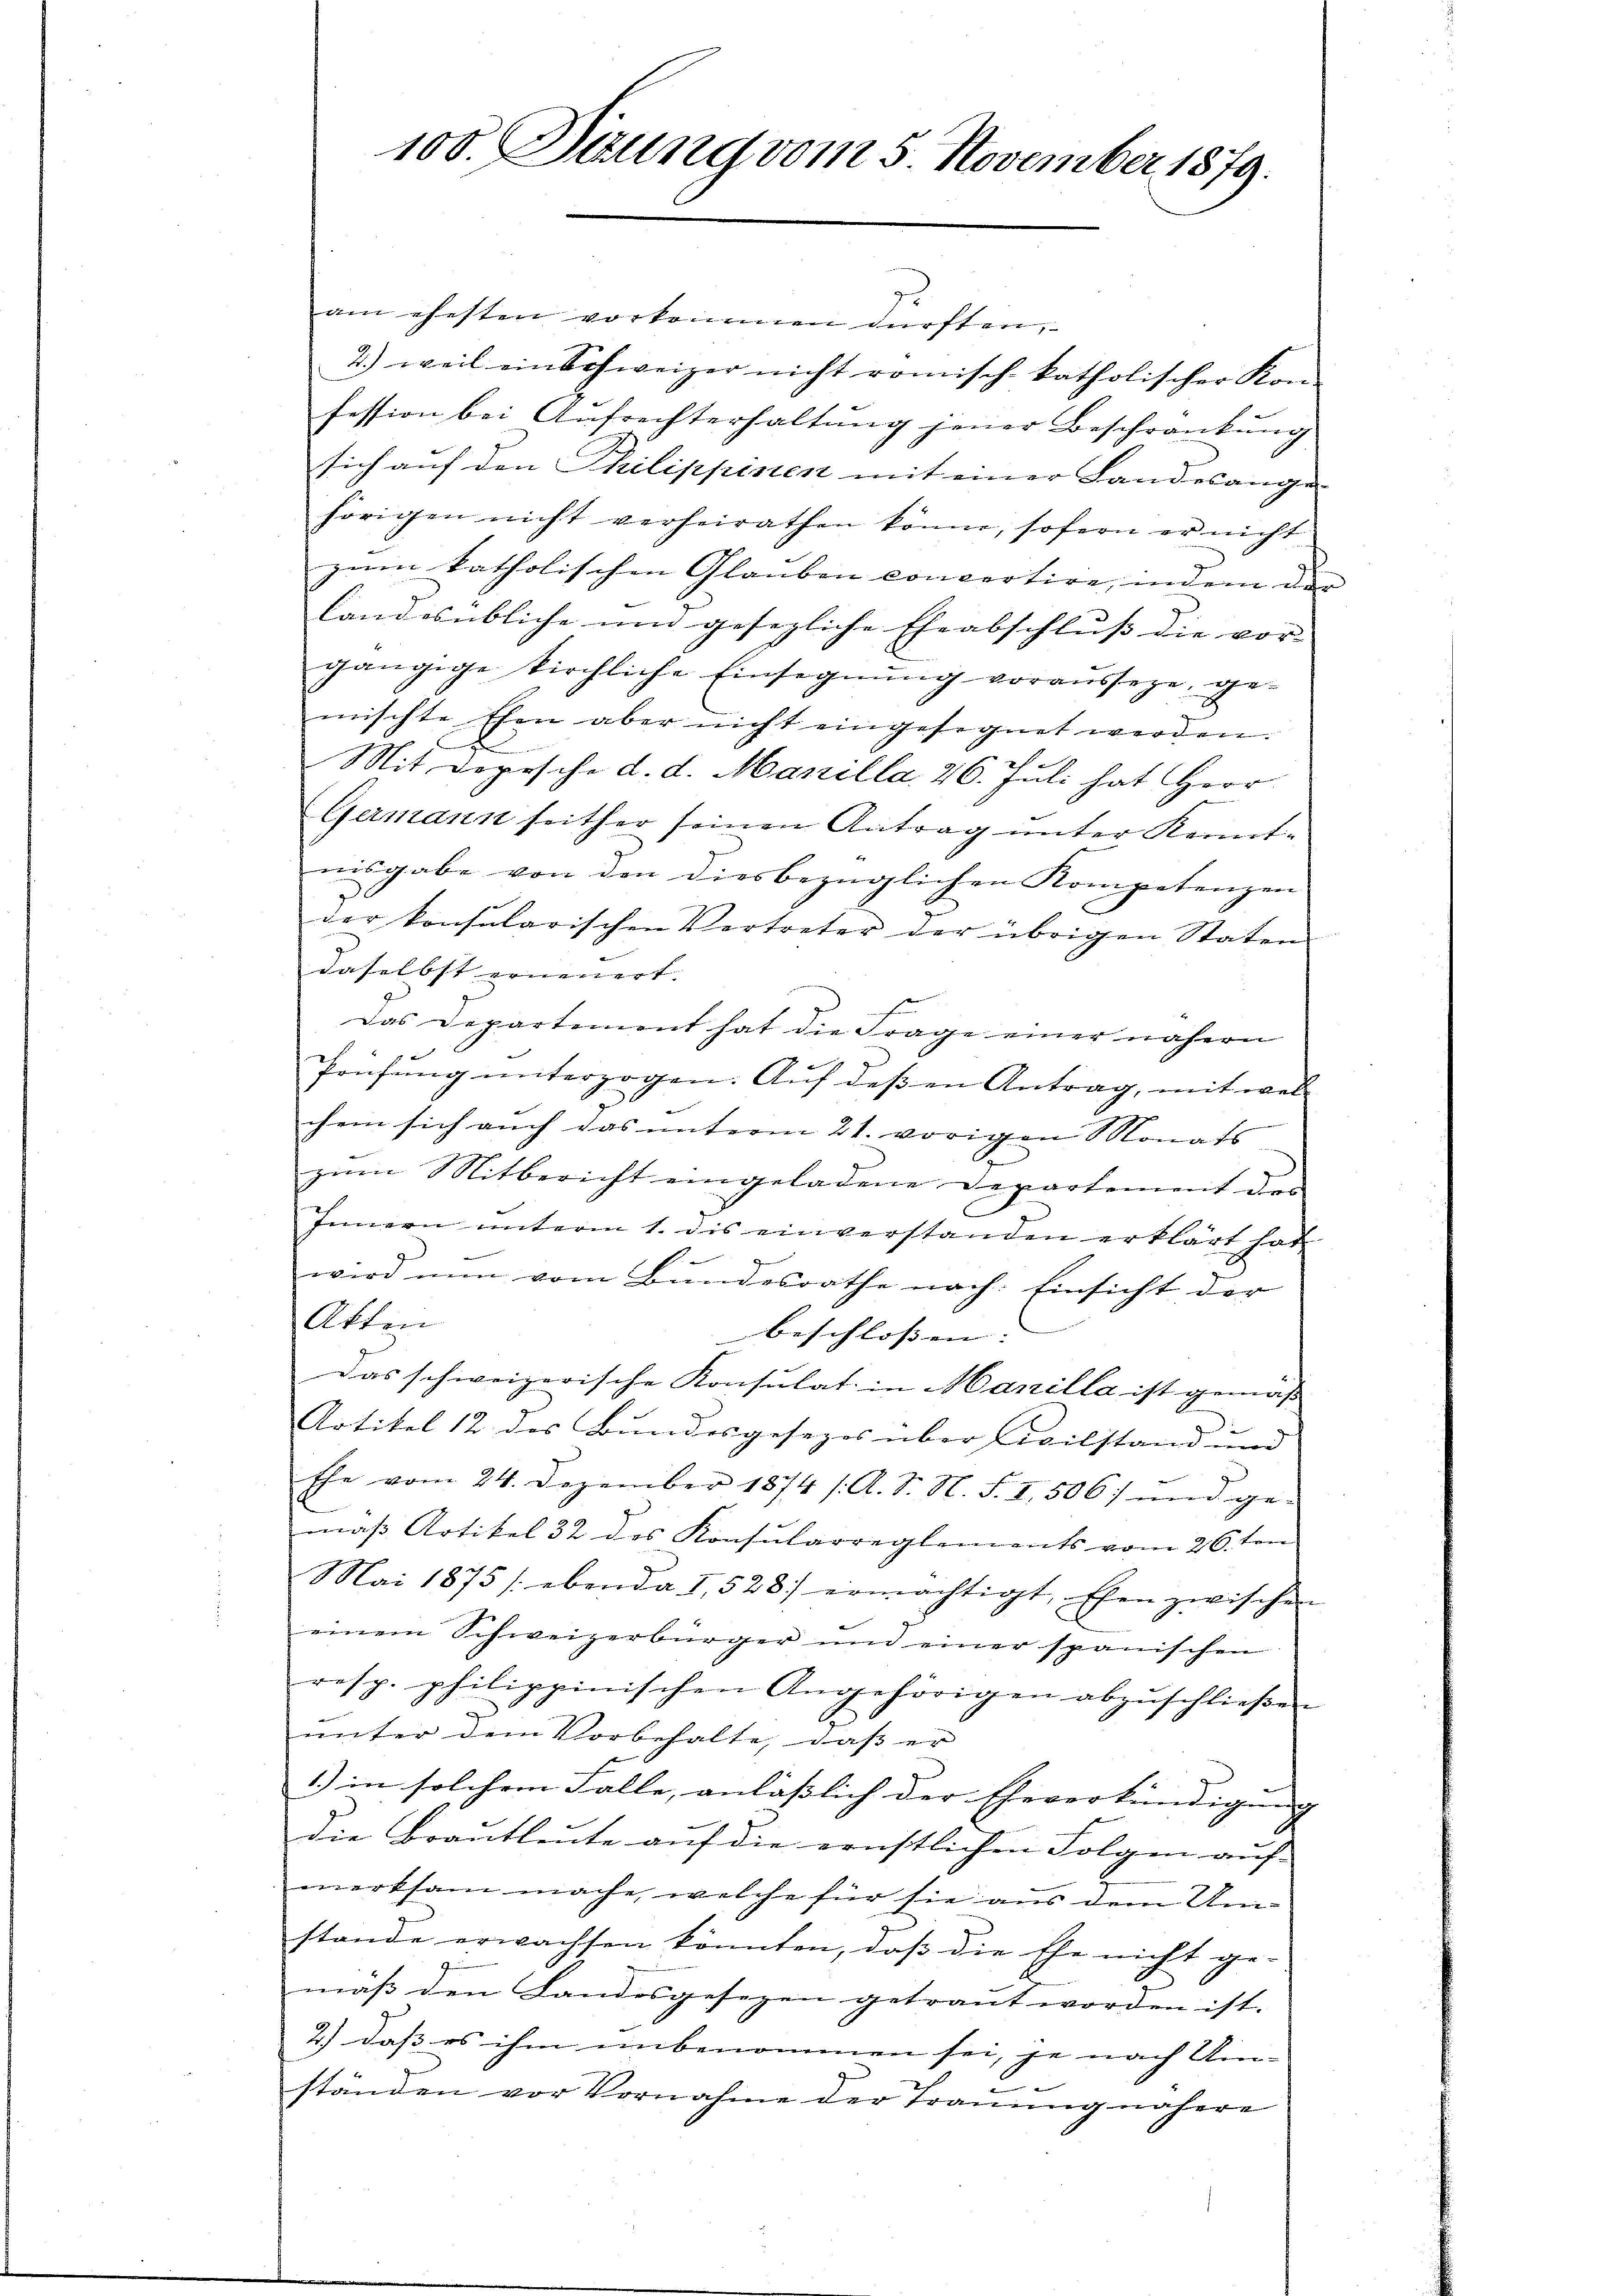
100. Dezung vom 5. November 1879.

7
am ehesten vorkommen dürften,
7.) weil ein Schweizer nicht römisch-katholischer Kon-
fession bei Aufrechterhaltung jener Beschränkung
sich auf den Philippinen mit einer Landesange-
hörigen nicht verheirathen könne, sofern er nicht
zum katholischen Glauben concertire, indem
landesübliche und gesezliche Eheabschluss die vor- |
gängige kirchliche Einsegnŭng vorausseze, ge-
mischte Ehen aber nicht eingesegnet werden.
Mit Depesche d. d. Manilla, 26. Juli hat Herr
Germann seither seinen Antrag ŭnter Kennt-
nisgabe von den diesbezüglichen Kompetenzen
der konsularischen Vertreter der übrigen Staten
daselbst erneuert.
Das Departement hat die Frage einer nähern
Prüfung unterzogen. Auf dessen Antrag, mit wel-
chem sich auch das unterm 21. vorigen Monats
zum Mitbericht eingeladene Departement der
Innern unterm 1. dis einverstanden erklärt hat
wird nun vom Bundesrathe nach Einsicht der
Akten
beschlossen: |
Das schweizerische Konsulat in Marilla ist gemäß
Artikel 12 des Bundesgesezes über Civilstand und
Ehe vom 24. Dezember 1874 /A. S. N. S. I, 506. und ge-
maß Artikel 32 des Konsularreglements vom 26. ten
Mai 1875 /: ebenda I, 528. ermächtigt, Ehen zwischen
einem Schweizerbürger und einer spanischen
resp. philippinischen Angehörigen abzŭschließen
ŭnter dem Vorbehalte, daβ er
1) in solchem Falle, anlässlich der Eheverkündigung |
die Brautleute auf die ernstlichen Folgen auf
merksam mache, welche für sie aus dem Umstande erwachsen könnten, daß die Ehe nicht ge-
mäß den Landesgesezen getraut worden ist.
2.) dass es ihm unbenommen sei, je nach Um-
ständen vor Vornahme der Trauung nähere